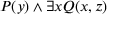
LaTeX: P ( y ) \land \exists x Q ( x , z )